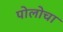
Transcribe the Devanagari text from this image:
पोलोचा